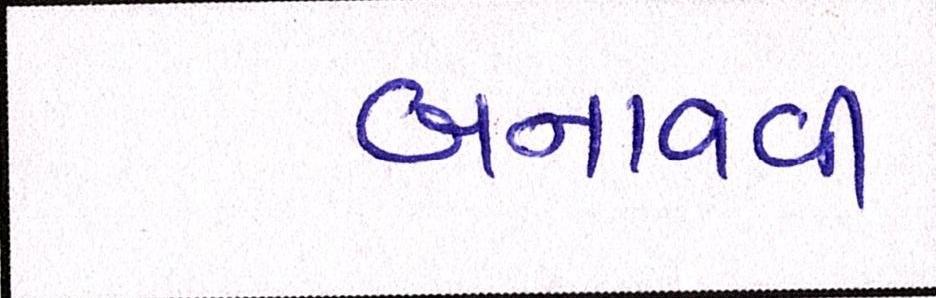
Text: બનાવવી